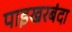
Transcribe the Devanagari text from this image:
पाइखरबंदा